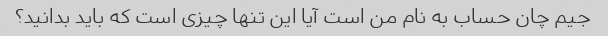
جیم چان حساب به نام من است آیا این تنها چیزی است که باید بدانید؟